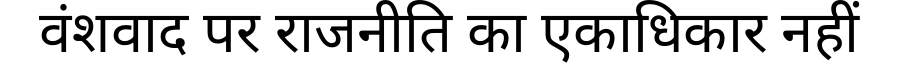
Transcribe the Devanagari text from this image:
वंशवाद पर राजनीति का एकाधिकार नहीं